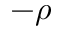
- \rho